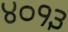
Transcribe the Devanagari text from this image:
४०१३